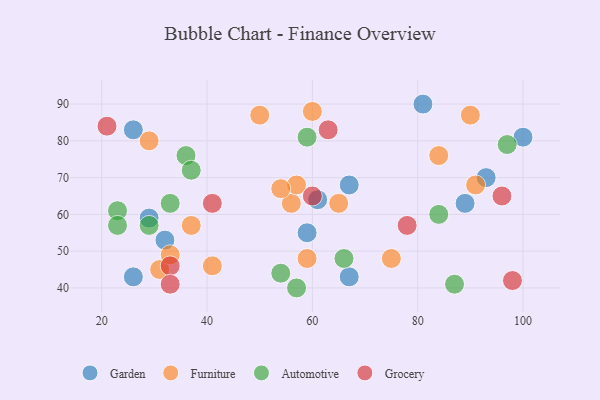
{"axis": {"x": "GDP", "y": "Life Expectancy"}, "legend": ["Automotive", "Furniture", "Garden", "Grocery"], "data": [{"x": "61", "y": 64, "type": "Garden"}, {"x": "89", "y": 63, "type": "Garden"}, {"x": "67", "y": 43, "type": "Garden"}, {"x": "59", "y": 55, "type": "Garden"}, {"x": "26", "y": 83, "type": "Garden"}, {"x": "32", "y": 53, "type": "Garden"}, {"x": "93", "y": 70, "type": "Garden"}, {"x": "100", "y": 81, "type": "Garden"}, {"x": "26", "y": 43, "type": "Garden"}, {"x": "67", "y": 68, "type": "Garden"}, {"x": "81", "y": 90, "type": "Garden"}, {"x": "29", "y": 59, "type": "Garden"}, {"x": "41", "y": 46, "type": "Furniture"}, {"x": "56", "y": 63, "type": "Furniture"}, {"x": "59", "y": 48, "type": "Furniture"}, {"x": "65", "y": 63, "type": "Furniture"}, {"x": "84", "y": 76, "type": "Furniture"}, {"x": "90", "y": 87, "type": "Furniture"}, {"x": "60", "y": 88, "type": "Furniture"}, {"x": "31", "y": 45, "type": "Furniture"}, {"x": "33", "y": 49, "type": "Furniture"}, {"x": "75", "y": 48, "type": "Furniture"}, {"x": "57", "y": 68, "type": "Furniture"}, {"x": "29", "y": 80, "type": "Furniture"}, {"x": "54", "y": 67, "type": "Furniture"}, {"x": "50", "y": 87, "type": "Furniture"}, {"x": "37", "y": 57, "type": "Furniture"}, {"x": "91", "y": 68, "type": "Furniture"}, {"x": "97", "y": 79, "type": "Automotive"}, {"x": "36", "y": 76, "type": "Automotive"}, {"x": "66", "y": 48, "type": "Automotive"}, {"x": "59", "y": 81, "type": "Automotive"}, {"x": "29", "y": 57, "type": "Automotive"}, {"x": "23", "y": 61, "type": "Automotive"}, {"x": "84", "y": 60, "type": "Automotive"}, {"x": "23", "y": 57, "type": "Automotive"}, {"x": "33", "y": 63, "type": "Automotive"}, {"x": "37", "y": 72, "type": "Automotive"}, {"x": "54", "y": 44, "type": "Automotive"}, {"x": "57", "y": 40, "type": "Automotive"}, {"x": "87", "y": 41, "type": "Automotive"}, {"x": "98", "y": 42, "type": "Grocery"}, {"x": "96", "y": 65, "type": "Grocery"}, {"x": "33", "y": 46, "type": "Grocery"}, {"x": "33", "y": 41, "type": "Grocery"}, {"x": "21", "y": 84, "type": "Grocery"}, {"x": "78", "y": 57, "type": "Grocery"}, {"x": "41", "y": 63, "type": "Grocery"}, {"x": "60", "y": 65, "type": "Grocery"}, {"x": "63", "y": 83, "type": "Grocery"}]}